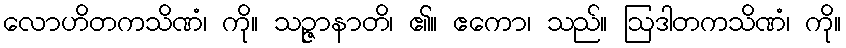
လောဟိတကသိဏံ၊ ကို။ သဉ္ဇာနာတိ၊ ၏။ ဧကော၊ သည်။ ဩဒါတကသိဏံ၊ ကို။